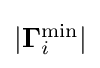
{\textstyle |\mathbf {\Gamma } _{i}^{\min }|}